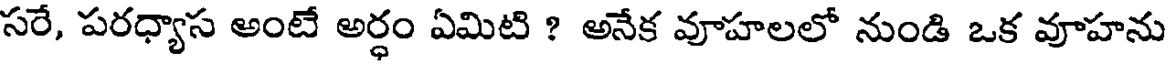
సరే, పరధ్యాస అంటే అర్ధం ఏమిటి ? అనేక వూహలలో నుండి ఒక వాహను